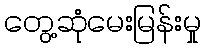
တွေ့ဆုံမေးမြန်းမှု